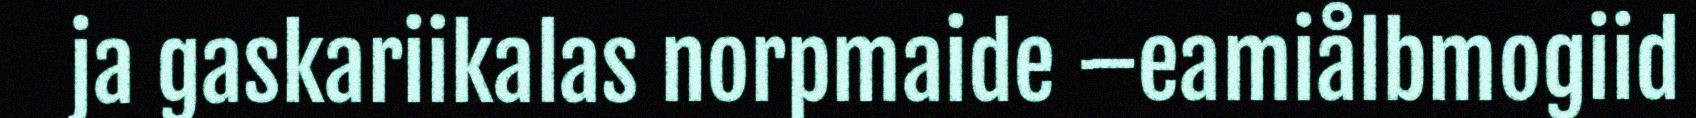
ja gaskariikalas norpmaide –eamiålbmogiid